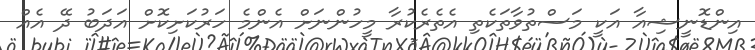
އިންޑޮނީޝިއާ އަކީ މަސްތުވާތަކެތި އެތެރެކުރާ މީހުންނަށް އެންމެ ހަރުކަށިކޮށް އަދަބު ދޭ އެއް